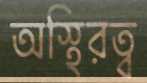
অস্থিরত্ব